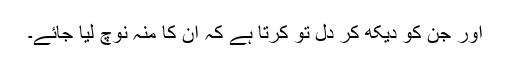
اور جن کو دیکھ کر دل تو کرتا ہے کہ ان کا منہ نوچ لیا جائے۔